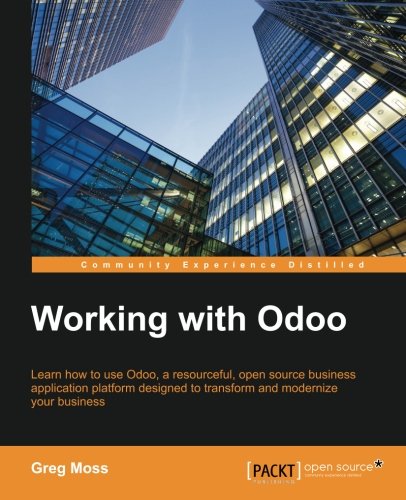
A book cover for Working with Odoo; Greg Moss; Science & Math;